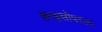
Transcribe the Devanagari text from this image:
क्राइसोपरला